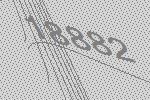
18882